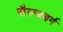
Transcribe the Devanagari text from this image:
सैल्जबर्ग